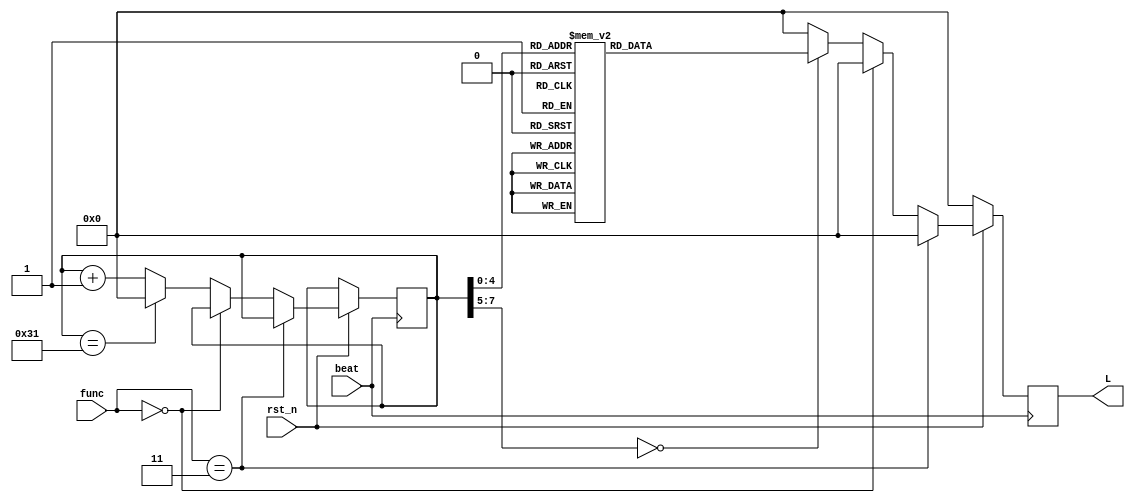
`timescale 1ns / 1ps
module WaterLight(       //
    input           beat,
    input     [3:0] func,
    output reg[7:0] L,
    input           rst_n
    );
	 
reg [7:0] cnt = 0;	 
	 
always@(posedge beat)
begin
    if(~rst_n)
	 L <= 8'b0;
	 else if(func == 2'b11)
	 L <= 8'b0;
	 else if(func == 2'b00)
	 L <= 8'b0; 
	 else
	 begin
	     case(cnt)
	     0: L <= 8'b0000_0001;
	     1: L <= 8'b0000_0010;
    	  2: L <= 8'b0000_0100;
	     3: L <= 8'b0000_1000;
	     4: L <= 8'b0001_0000;
	     5: L <= 8'b0010_0000;
	     6: L <= 8'b0100_0000;
	     7: L <= 8'b1000_0000;
		  
		  8: L <= 8'b1000_0000;
		  9: L <= 8'b0100_0000;
		  10: L <= 8'b0010_0000;
		  11: L <= 8'b0001_0000;
		  12: L <= 8'b0000_1000;
		  13: L <= 8'b0000_0100;
		  14: L <= 8'b0000_0010;
		  15: L <= 8'b0000_0001;
		  
		  16: L <= 8'b0001_1000;
        17: L <= 8'b0010_0100;
        18: L <= 8'b0100_0010;
        19: L <= 8'b1000_0001;
        20: L <= 8'b1000_0001;
        21: L <= 8'b0100_0010;
        22: L <= 8'b0010_0100;
        23: L <= 8'b0001_1000; 

		  24: L <= 8'b0001_1000;
        25: L <= 8'b0010_0100;
        26: L <= 8'b0100_0010;
        27: L <= 8'b1000_0001;
        28: L <= 8'b1000_0001;
        29: L <= 8'b0100_0010;
        30: L <= 8'b0010_0100;
        31: L <= 8'b0001_1000; 		  
	    
		 default: L <= 8'b0000_0000;
	 endcase
	 if(cnt == 8'h31)
	     cnt <= 0;
	 else 
	     cnt <= cnt + 1;
	 end
	 

end

endmodule